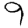
Digit: 9